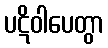
ပဋိဝါပေတွာ